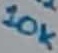
Text: 10K